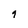
Character: g